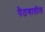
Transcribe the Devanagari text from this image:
पैठणातील